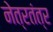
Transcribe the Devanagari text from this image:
नेत्रतंत्र